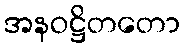
အနဝဋ္ဌိတတော